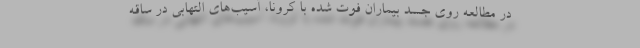
در مطالعه روی جسد بیماران فوت شده با کرونا، آسیب‌های التهابی در ساقه